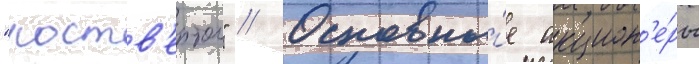
"роств'ертол" // Основны́е акцион'е́ры